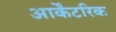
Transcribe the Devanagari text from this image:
आर्केंटरिक